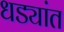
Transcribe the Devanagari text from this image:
धड्यांत